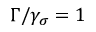
\Gamma / \gamma _ { \sigma } = 1